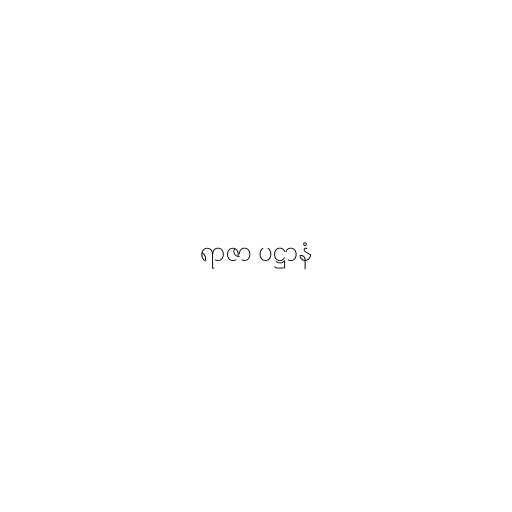
ရာဇာ ပဋ္ဌာနံ